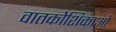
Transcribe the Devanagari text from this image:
वातकोशिकाओं